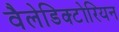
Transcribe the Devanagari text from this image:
वैलेडिक्टोरियन